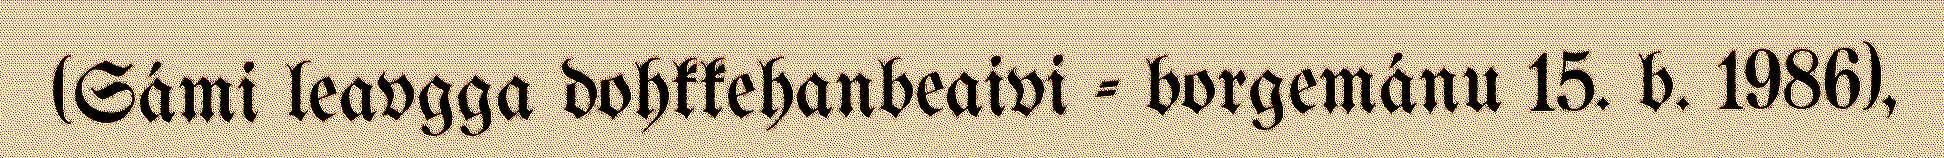
(Sámi leavgga dohkkehanbeaivi - borgemánu 15. b. 1986),